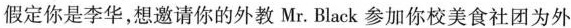
假定你是李华，想邀请你的外教Mr.Black参加你校美食社团为外